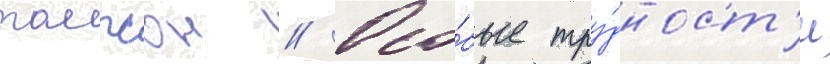
томпсон // Осо́бые тру́дност'и